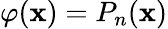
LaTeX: \varphi(\mathbf{x})=P_{n}(\mathbf{x})